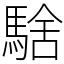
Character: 騇